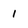
Character: 1